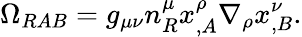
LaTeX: \Omega_{RAB}=g_{\mu\nu}n_{R}^{\mu}x_{,A}^{\rho}\nabla_{\rho}x_{,B}^{\nu}.